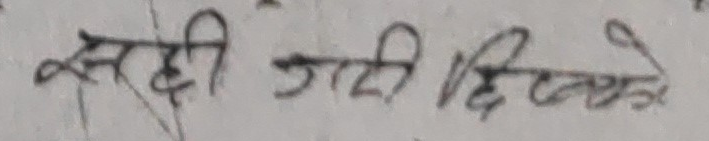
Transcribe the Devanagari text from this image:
सही जाती दिएरके